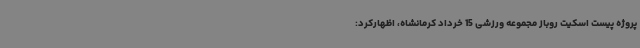
پروژه پیست اسکیت روباز مجموعه ورزشی 15 خرداد کرمانشاه، اظهارکرد: